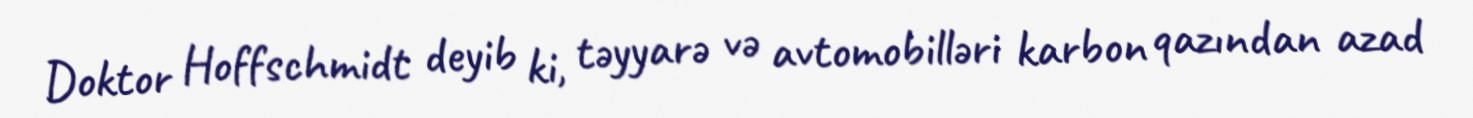
Doktor Hoffschmidt deyib ki, təyyarə və avtomobilləri karbon qazından azad